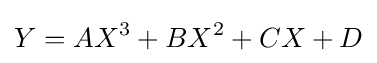
Y=AX^{3}+BX^{2}+CX+D